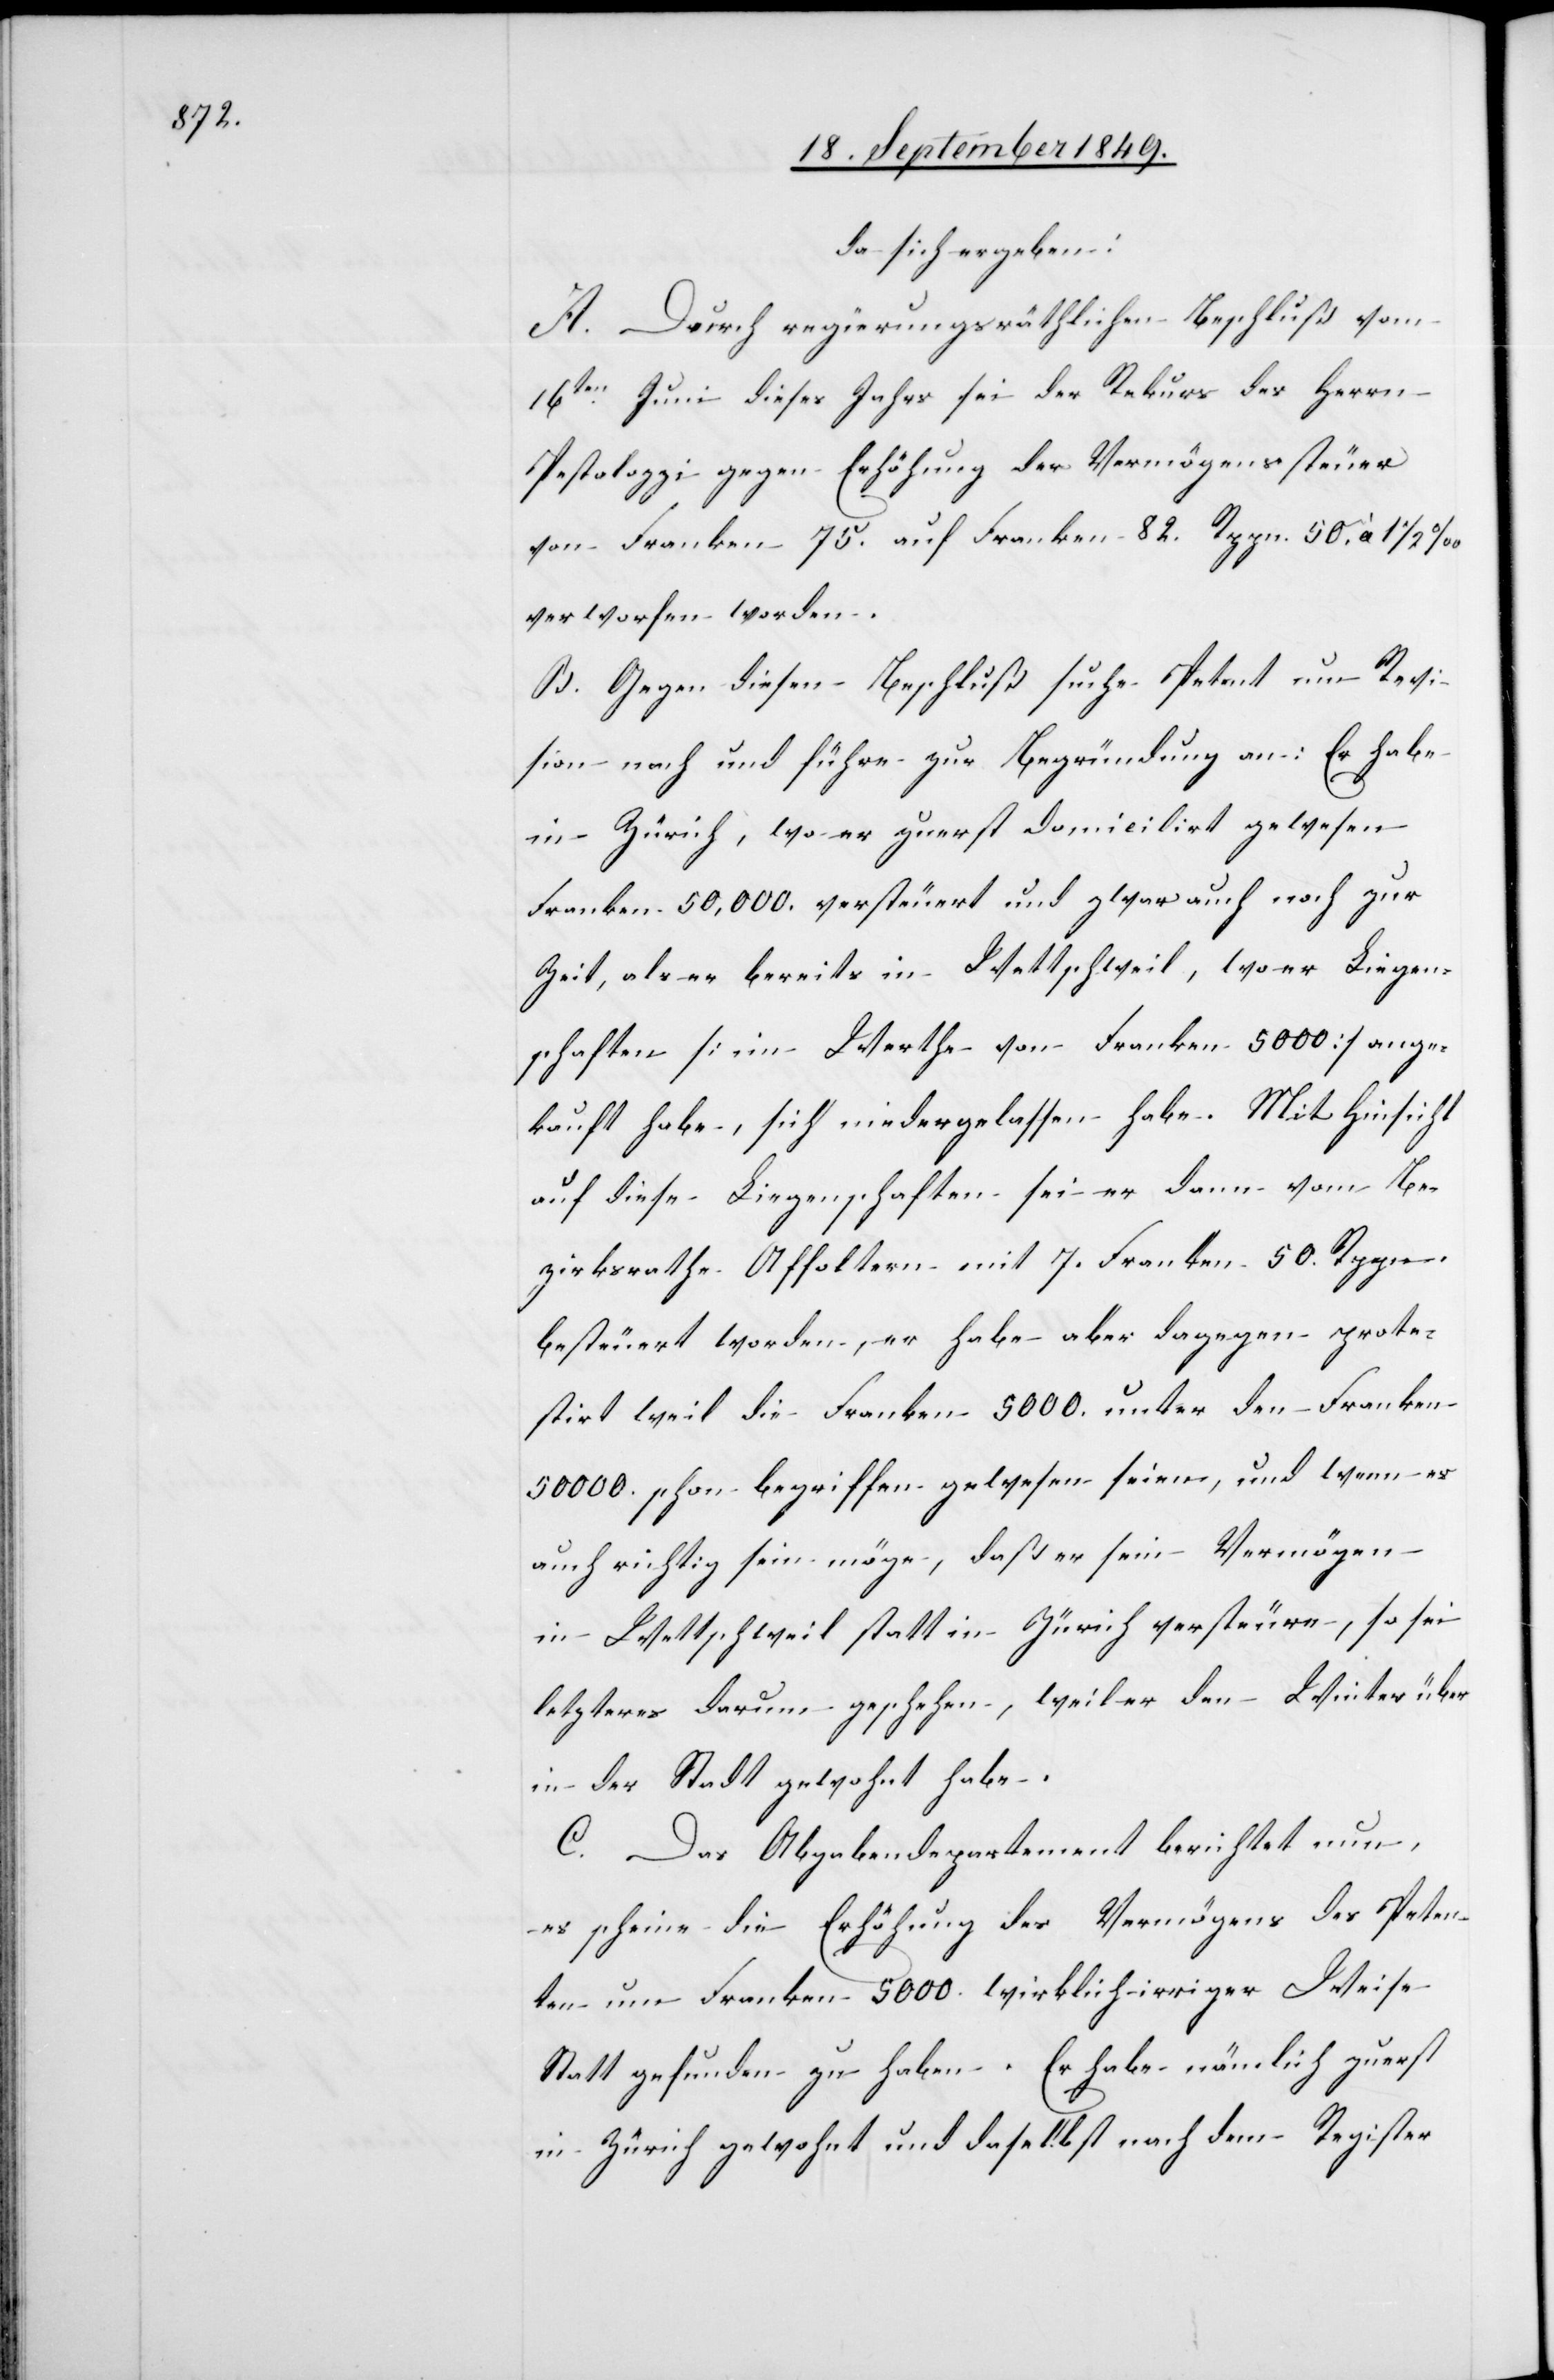
da sich ergeben:
A. Durch regierungsräthlichen Beschluß vom
16ten Juni dieses Jahrs sei der Rekurs des Herrn
Pestalozzi gegen Erhöhung der Vermögenssteuer
von Franken 75. auf Franken 82. Rppn 50. à 1 1/2%
verworfen werden.
B. Gegen diesen Beschluß suche Petent um Revi¬
sion nach und führe zur Begründung an: Er habe
in Zürich, wo er zuerst domicilirt gewesen
Franken 50,000. versteuert und zwar auch noch zur
Zeit, als er bereits in Wettschweil, wo er Liegen¬
schaften [im Werthe von Franken 5 000] ange¬
kauft habe, sich niedergelassen habe. Mit Hinsicht
auf diese Liegenschaften sei er dann vom Be¬
zirksrathe Affoltern mit 7. Franken 50. Rppn.
besteuert worden, er habe aber dagegen prote¬
stirt weil die Franken 5 000. unter den Franken
50 000. schon begriffen gewesen seien, und wenn es
auch richtig sein möge, daß er sein Vermögen
in Wettschweil statt in Zürich versteuere, so sei
letzteres darum geschehen, weil er den Winter über
in der Stadt gewohnt habe.
C. Das Abgabendepartement berichtet nun,
es scheine die Erhöhung des Vermögens des Peten¬
ten um Franken 5 000. wirklich irriger Weise
statt gefunden zu haben. Er habe nämlich zuerst
in Zürich gewohnt und daselbst nach dem Register